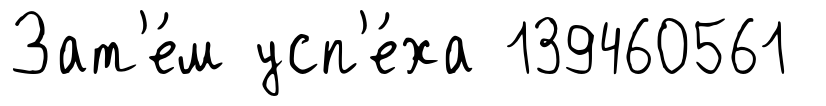
Зат'е́м усп'е́ха 139460561